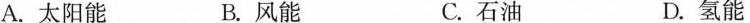
A. 太阳能 B. 风能 C. 石油 D. 氢能